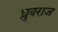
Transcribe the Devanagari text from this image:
ध्रुवराज